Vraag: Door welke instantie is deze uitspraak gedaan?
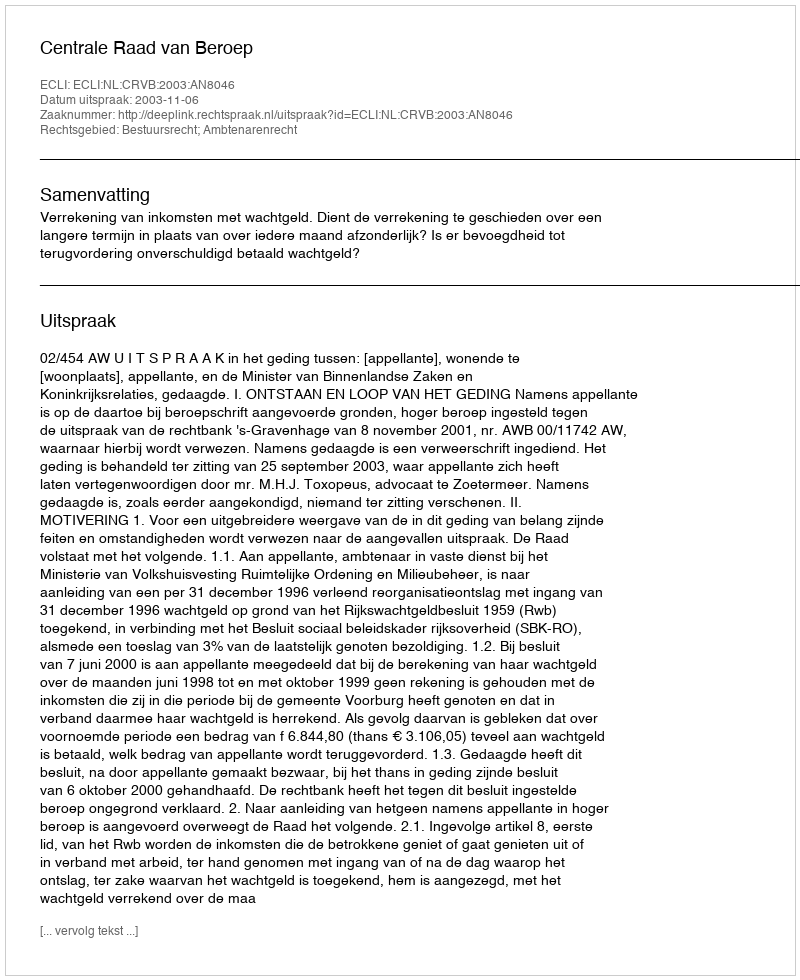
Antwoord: Centrale Raad van Beroep